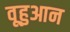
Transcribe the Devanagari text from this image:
वूहुआन